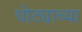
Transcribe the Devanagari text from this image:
घोट्याच्या